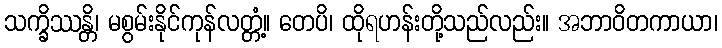
သက္ခိဿန္တိ၊ မစွမ်းနိုင်ကုန်လတ္တံ့။ တေပိ၊ ထိုရဟန်းတို့သည်လည်း။ အဘာဝိတကာယာ၊